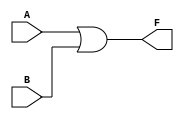
module kmap_two_variable (
    input wire A, // First input
    input wire B, // Second input
    output wire F // Output
);

// Implementing the simplified Boolean expression F(A, B) = A + B
assign F = A | B;

endmodule